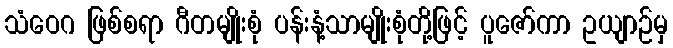
သံဝေဂ ဖြစ်စရာ ဂီတမျိုးစုံ ပန်းနံ့သာမျိုးစုံတို့ဖြင့် ပူဇော်ကာ ဥယျာဉ်မှ